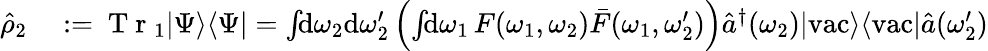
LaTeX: \begin{array}{rl}{\hat{\rho}_{2}}&{{}:=\mathrm{~T~r~}_{1}|\Psi\rangle\langle\Psi|=\int\! \! \mathrm{d}\omega_{2}\mathrm{d}\omega_{2}^{\prime}\left(\int\! \! \mathrm{d}\omega_{1}\, F(\omega_{1},\omega_{2})\bar{F}(\omega_{1},\omega_{2}^{\prime})\right)\hat{a}^{\dagger}(\omega_{2})|\mathrm{vac}\rangle\langle\mathrm{vac}|\hat{a}(\omega_{2}^{\prime})}\end{array}